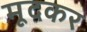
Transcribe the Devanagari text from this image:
मूदकर